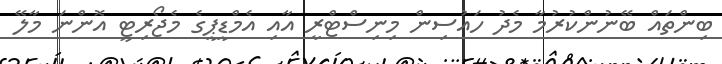
ބިންތައް ބޭނުންކުރުމާ މެދު ހައުސިން މިނިސްޓްރީ އާއި އެމްޑީޕީގެ މެޖޯރިޓީ އޮންނަ މާލޭ